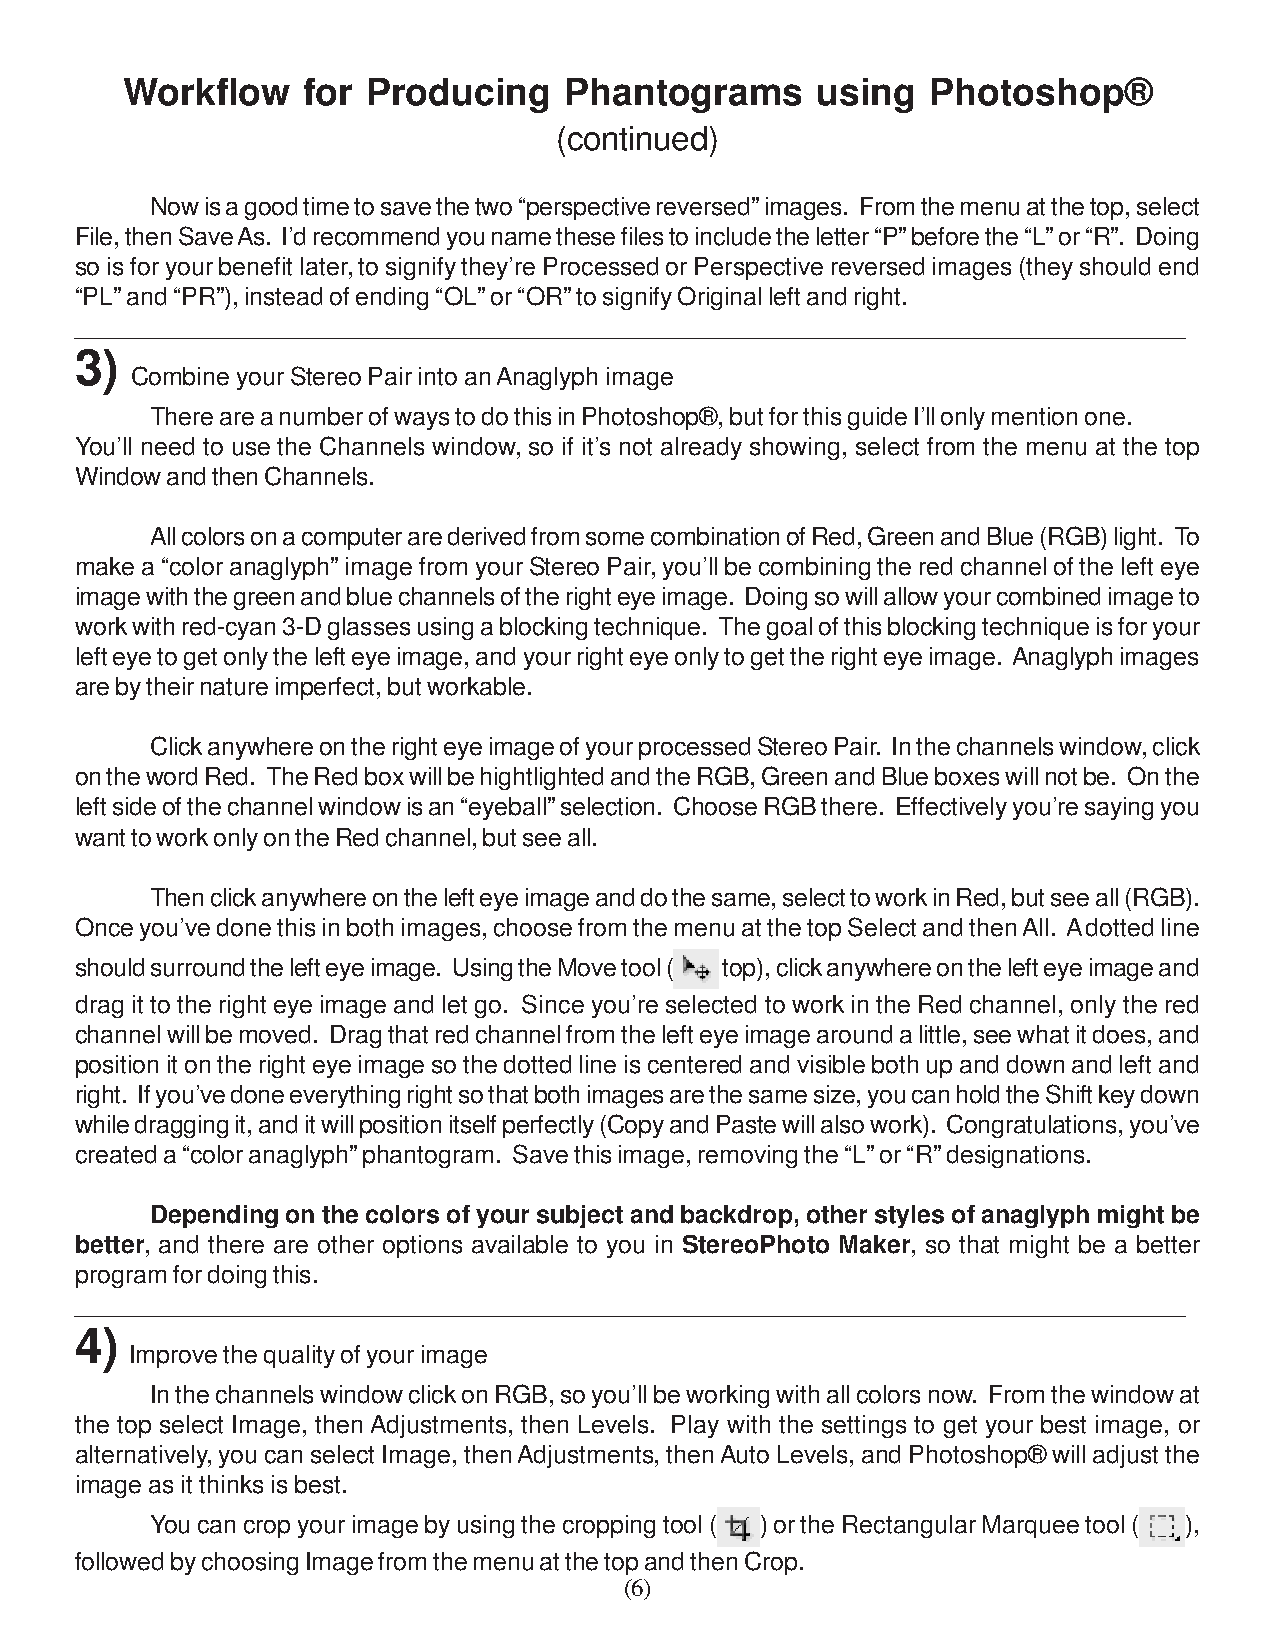
Workflow    for Producing    Phantograms      using   Photoshop®
 (continued)
 Now is a good time to save the two “perspective reversed” images. From the menu at the top, select
 File, then Save As. I’d recommend you name these files to include the letter “P” before the “L” or “R”. Doing
 so is for your benefit later, to signify they’re Processed or Perspective reversed images (they should end
 “PL” and “PR”), instead of ending “OL” or “OR” to signify Original left and right.
 _______________________________________________________________________________
 3)
 Combine your Stereo Pair into an Anaglyph image
 There are a number of ways to do this in Photoshop®, but for this guide I’ll only mention one.
 You’ll need to use the Channels window, so if it’s not already showing, select from the menu at the top
 Window and then Channels.
 All colors on a computer are derived from some combination of Red, Green and Blue (RGB) light. To
 make a “color anaglyph” image from your Stereo Pair, you’ll be combining the red channel of the left eye
 image with the green and blue channels of the right eye image. Doing so will allow your combined image to
 work with red-cyan 3-D glasses using a blocking technique. The goal of this blocking technique is for your
 left eye to get only the left eye image, and your right eye only to get the right eye image. Anaglyph images
 are by their nature imperfect, but workable.
 Click anywhere on the right eye image of your processed Stereo Pair. In the channels window, click
 on the word Red. The Red box will be hightlighted and the RGB, Green and Blue boxes will not be. On the
 left side of the channel window is an “eyeball” selection. Choose RGB there. Effectively you’re saying you
 want to work only on the Red channel, but see all.
 Then click anywhere on the left eye image and do the same, select to work in Red, but see all (RGB).
 Once you’ve done this in both images, choose from the menu at the top Select and then All. A dotted line
 should surround the left eye image. Using the Move tool ( top), click anywhere on the left eye image and
 drag it to the right eye image and let go. Since you’re selected to work in the Red channel, only the red
 channel will be moved. Drag that red channel from the left eye image around a little, see what it does, and
 position it on the right eye image so the dotted line is centered and visible both up and down and left and
 right. If you’ve done everything right so that both images are the same size, you can hold the Shift key down
 while dragging it, and it will position itself perfectly (Copy and Paste will also work). Congratulations, you’ve
 created a “color anaglyph” phantogram. Save this image, removing the “L” or “R” designations.
 Depending on the colors of your subject and backdrop, other styles of anaglyph might be
 better, and there are other options available to you in StereoPhoto Maker, so that might be a better
 program for doing this.
 _______________________________________________________________________________
 4)
 Improve the quality of your image
 In the channels window click on RGB, so you’ll be working with all colors now. From the window at
 the top select Image, then Adjustments, then Levels. Play with the settings to get your best image, or
 alternatively, you can select Image, then Adjustments, then Auto Levels, and Photoshop® will adjust the
 image as it thinks is best.
 You can crop your image by using the cropping tool ( ) or the Rectangular Marquee tool ( ),
 followed by choosing Image from the menu at the top and then Crop.
 (6)